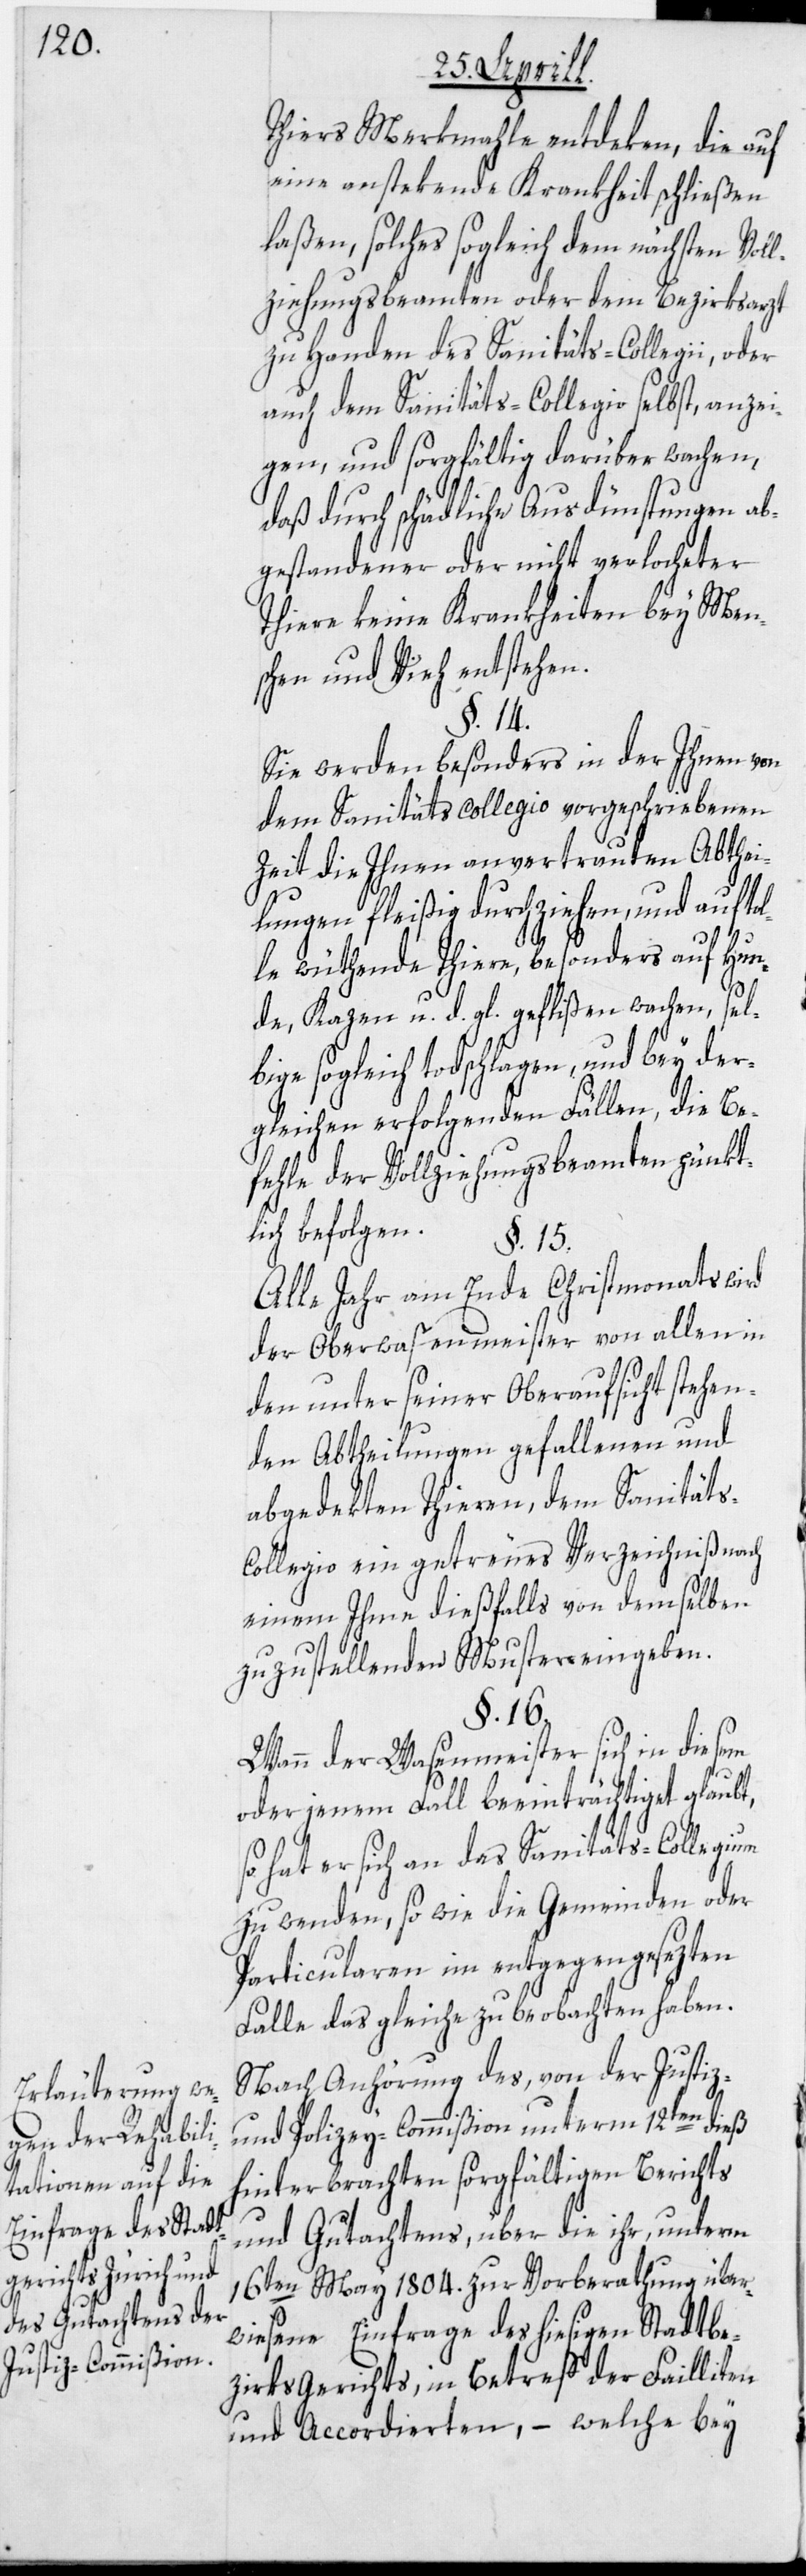
Thiers Merkmahle entdeken, die auf
eine anstekende Krankheit schließen
laßen, solches sogleich dem nächsten Voll¬
ziehungsbeamten oder dem Bezirksarzt
zu Handen des Sanitäts-Collegii, oder
auch dem Sanitäts-Collegio selbst, anzei¬
gen, und sorgfältig darüber wachen,
daß durch schädliche Ausdünstungen ab¬
gestandener oder nicht verlocheter
Thiere keine Krankheiten bey Men¬
schen und Vieh entstehen.
§. 14.
Sie werden besonders in der Ihnen von
dem Sanitätscollegio vorgeschriebenen
Zeit die Ihnen anvertrauten Abthei¬
lungen fleißig durchziehen, und auf tol¬
le wüthende Thiere, besonders auf Hun¬
s-C¬
de, Kazen u. d. gl. geflißen wachen, sel¬
bige sogleich todschlagen, und bey der¬
gleichen erfolgenden Fällen, die Be¬
fehle der Vollziehungsbeamten pünkt¬
lich befolgen.
§. 15.
Alle Jahr am Ende Christmonats wird
der Oberwasenmeister von allen in
den unter seiner Oberaufsicht stehen¬
den Abtheilungen gefallenen und
abgedekten Thieren, dem Sanität¬
ollegio ein getreues Verzeichniß nach
einem Ihme dießfalls von demselben
zuzustellenden Muster eingeben.
§. 16.
Wann der Wasenmeister sich in diesem
oder jenem Fall beeinträchtiget glaubt,
so hat er sich an das Sanitäts-Collegium
zu wenden, so wie die Gemeinden oder
Particularen im entgegengesezten
Falle das gleiche zu beobachten haben.
Nach Anhörung des, von der Justiz-
und Polizey-Commißion unterm 12ten dieß
hinterbrachten sorgfältigen Berichts
und Gutachtens, über die ihr, unterm
16ten May 1804. zur Vorberathung über¬
wiesene Einfrage des hiesigen Stadtbe¬
zirksgerichts, in Betreff der Failliten
und Accordierten, – welche bey